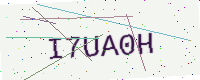
Text: I7UA0H